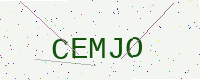
Text: CEMJO